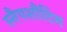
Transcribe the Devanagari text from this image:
स्नैपशौटिंग